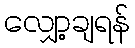
လျှော့ချရန်